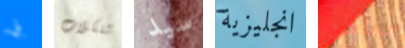
بي للكلاب سيد انجليزية صلصة